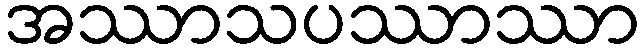
အဿာသပဿာဿာ